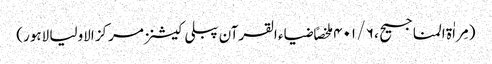
(مِراٰة المناجیح ، ۶ / ۴۰۱ ملخصاً ضیاء القرآن پبلی کیشنز مرکز الاولیا لاہور)